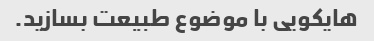
هایکویی با موضوع طبیعت بسازید.